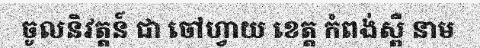
ចូលនិវត្តន៍ ជា ចៅហ្វាយ ខេត្ត កំពង់ស្ពឺ នាម